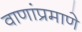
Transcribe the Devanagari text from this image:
वाणांप्रमाणे